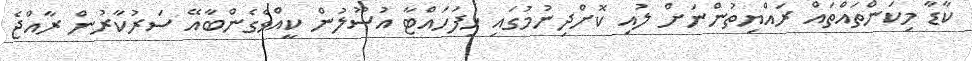
ކާޑާ މިކަންތައްތައް ރައްޔިތުންނަށް ލުއި ކޮށްދިނުމުގައި ހިފަހައްޓާ އުސޫލުން ކީއްވެގެންބާއޭ ސަރުކާރުން ރާއްޖެ